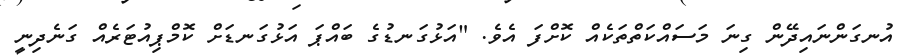
އުނގަންނައިދޭން ގިނަ މަސައްކަތްތަކެއް ކޮށްފަ އެވެ. "އަޅުގަނޑުގެ ބައްޕަ އަޅުގަނޑަށް ކޮމްޕިއުޓަރެއް ގަނެދިނީ